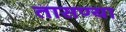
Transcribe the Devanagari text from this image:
तासण्या